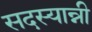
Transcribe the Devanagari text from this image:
सदस्यान्नी